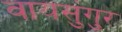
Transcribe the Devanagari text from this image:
वायसुंगुर